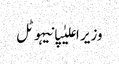
وزیر اعلیٰپانیہوٹل